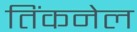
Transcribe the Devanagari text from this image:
तिंकनेल